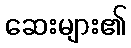
ဆေးများ၏